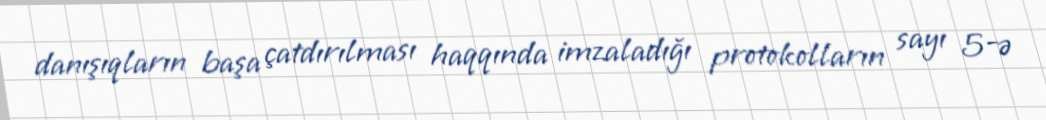
danışıqların başa çatdırılması haqqında imzaladığı protokolların sayı 5-ə